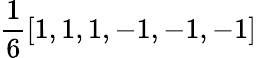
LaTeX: \frac{1}{6}\left[1,1,1,-1,-1,-1\right]